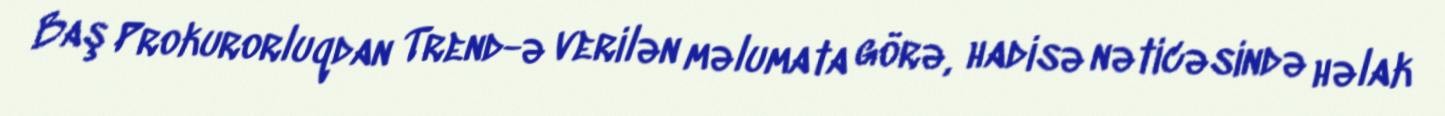
Baş Prokurorluqdan Trend-ə verilən məlumata görə, hadisə nəticəsində həlak